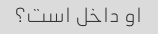
او داخل است؟